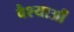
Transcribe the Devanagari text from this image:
वैश्याऔं